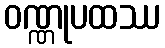
ဝဏ္ဏုပထဿ